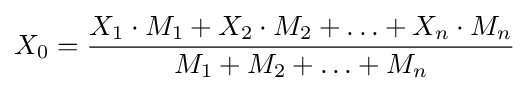
X_{0}={\frac {X_{1}\cdot M_{1}+X_{2}\cdot M_{2}+\ldots +X_{n}\cdot M_{n}}{M_{1}+M_{2}+\ldots +M_{n}}}